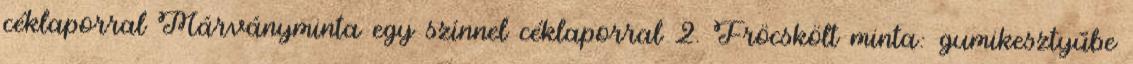
céklaporral Márványminta egy színnel céklaporral 2. Fröcskölt minta: gumikesztyűbe